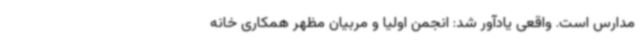
مدارس است. واقعی یادآور شد: انجمن اولیا و مربیان مظهر همکاری خانه